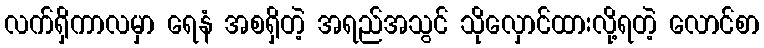
လက်ရှိကာလမှာ ရေနံ အစရှိတဲ့ အရည်အသွင် သိုလှောင်ထားလို့ရတဲ့ လောင်စာ